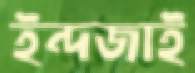
ইন্দজাই